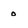
Character: o